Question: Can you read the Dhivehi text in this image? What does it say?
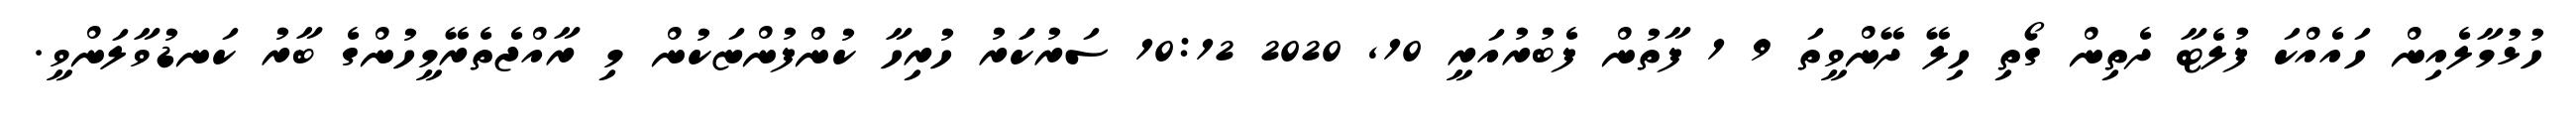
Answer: ހުޅުމާލެއިން ހައެއްކަ ފުލެޓާ ދެތިން ގޯތި ހިލޭ ދޭންވީތަ 9 1 ފާތުން ފެބުރުއަރީ 10, 2020 10:12 ސަރުކަަރު ހުރިހާ ކުންފުންޏަކުން މި ރާއްޖެތެރޭމީހުންގެ ބާރު ކަނޑުވާލަންވީ.